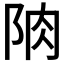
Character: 𨹌